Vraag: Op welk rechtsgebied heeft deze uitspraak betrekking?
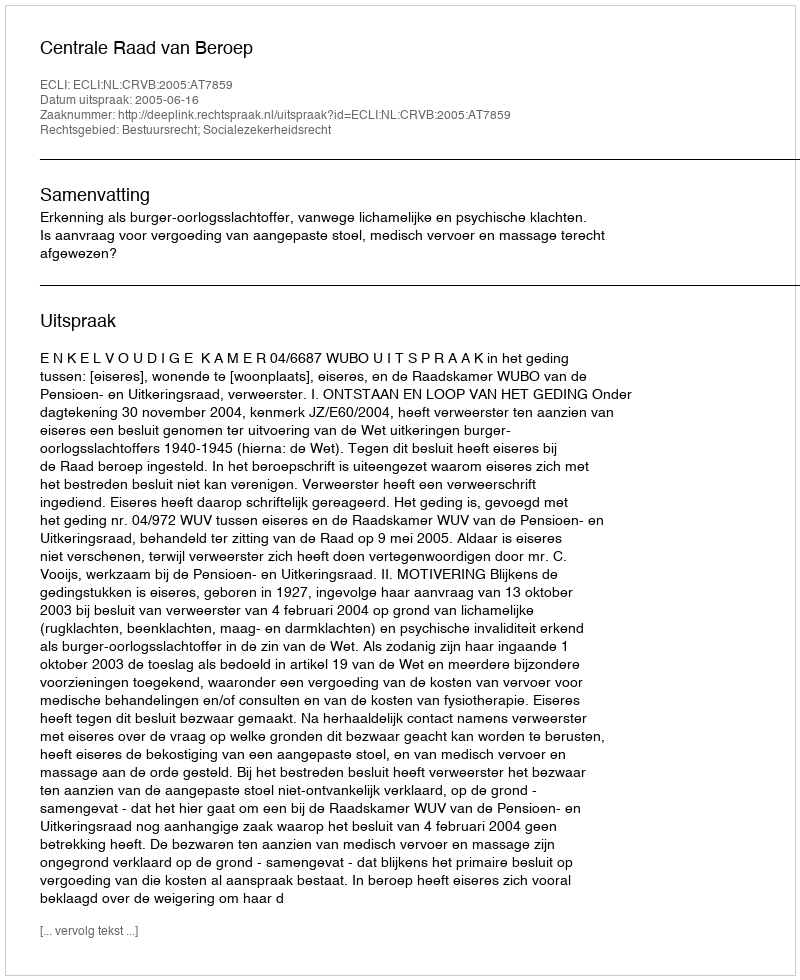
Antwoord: Bestuursrecht; Socialezekerheidsrecht